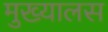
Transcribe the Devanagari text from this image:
मुख्यालस